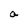
Character: a